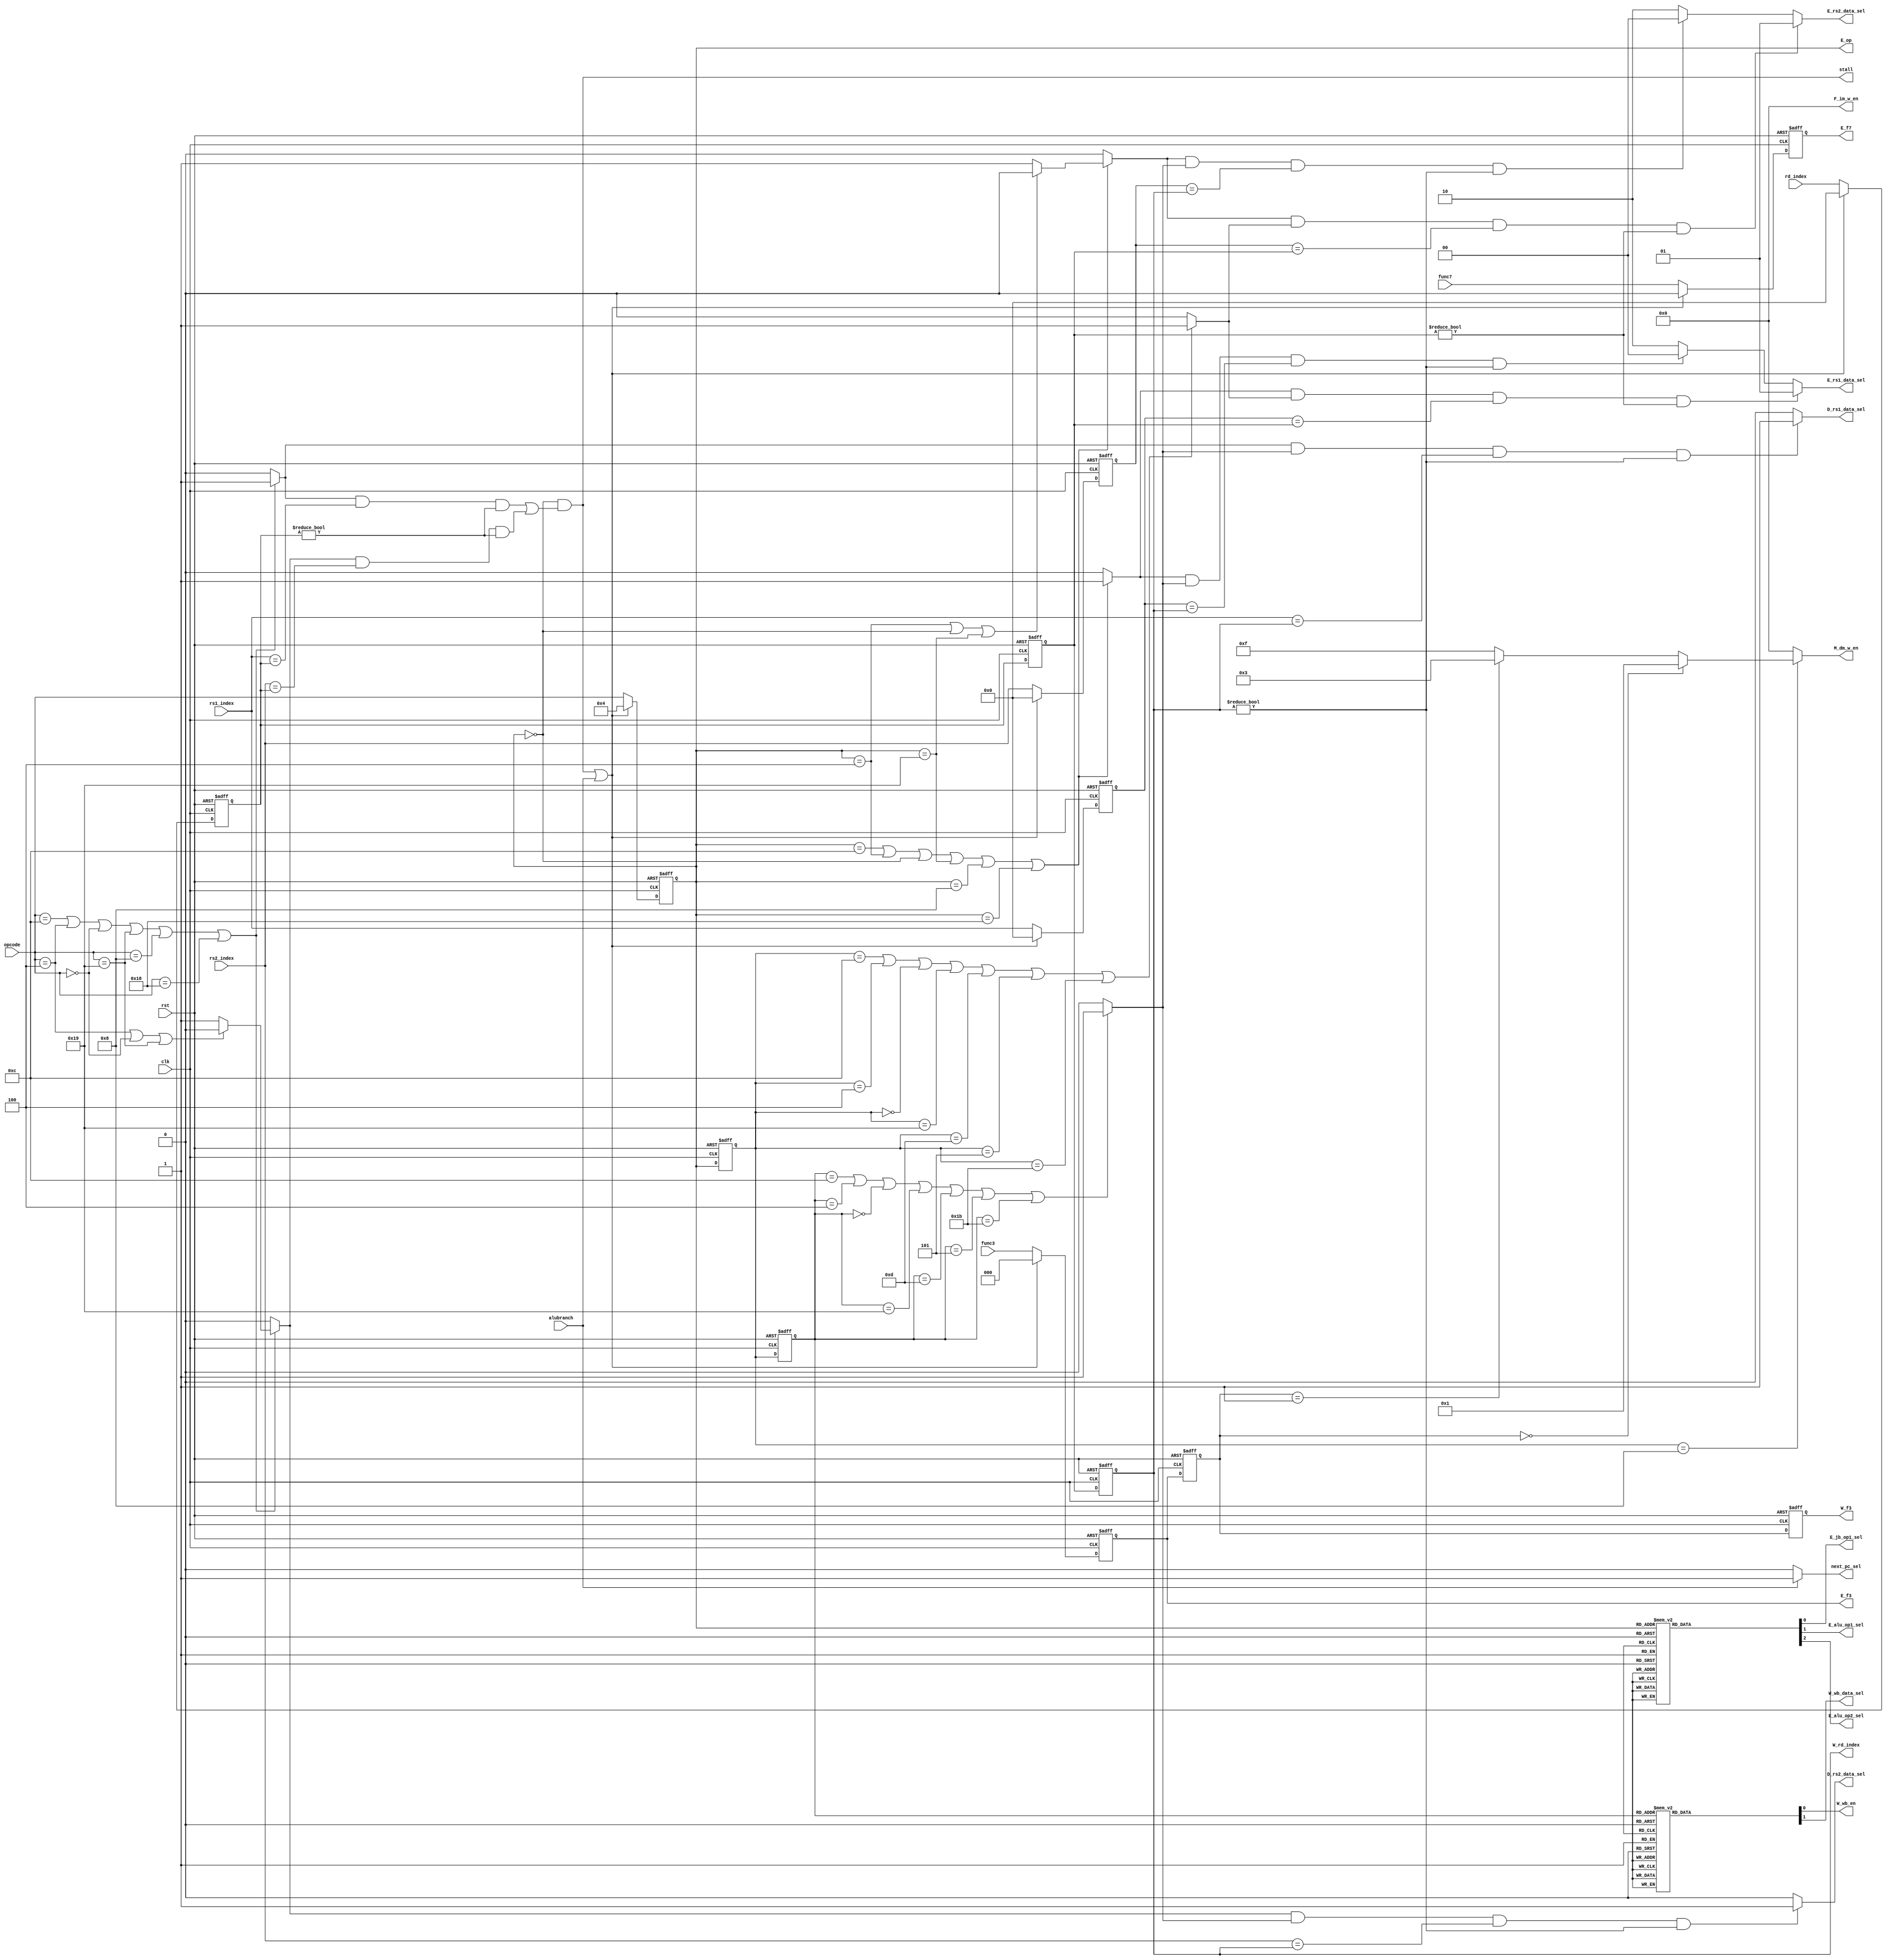
module Controller (
    input clk,
    input rst,
    input [4:0] opcode,
    input [2:0] func3,
    input func7,
    input [4:0]rs1_index,
    input [4:0]rs2_index,
    input [4:0]rd_index,
    input alubranch,

    output reg next_pc_sel,
    output reg stall,

    output reg [3:0] F_im_w_en,
    
    output reg D_rs1_data_sel,
    output reg D_rs2_data_sel,

    output reg [1:0] E_rs1_data_sel,
    output reg [1:0] E_rs2_data_sel,
    output reg E_jb_op1_sel,
    output reg E_alu_op1_sel,
    output reg E_alu_op2_sel,

    output reg [4:0] E_op,
    output reg [2:0] E_f3,
    output reg E_f7,
   
    
    output reg [3:0] M_dm_w_en,

    output reg W_wb_en,
    output reg [4:0] W_rd_index,
    output reg [2:0] W_f3,
    output reg W_wb_data_sel


);


reg [4:0] E_rd;
reg [4:0] E_rs1;
reg [4:0] E_rs2;


reg [4:0] M_op;
reg [2:0] M_f3;
reg [4:0] M_rd;

reg [4:0] W_op;
reg [4:0] W_rd;

reg is_D_rs1_E_rd_overlap;
reg is_D_rs2_E_rd_overlap;
reg is_D_use_rs1;
reg is_D_use_rs2;
reg is_DE_overlap;

reg is_W_use_rd;
reg is_D_rs1_W_rd_overlap;
reg is_D_rs2_W_rd_overlap;

reg is_E_use_rs1;
reg is_E_use_rs2;
reg is_M_use_rd;
reg is_E_rs1_W_rd_overlap;
reg is_E_rs1_M_rd_overlap;
reg is_E_rs2_W_rd_overlap;
reg is_E_rs2_M_rd_overlap;

//stall
always @(*) begin
    if(opcode == 5'b01100 || opcode == 5'b00100 || opcode == 5'b00000 || opcode == 5'b11001 || opcode == 5'b01000 || opcode == 5'b11000)begin
        if(opcode == 5'b00100 || opcode == 5'b00000 || opcode == 5'b11001)begin
            is_D_use_rs1 = 1'b1;
            is_D_use_rs2 = 1'b0;
        end
        else begin
            is_D_use_rs1 = 1'b1;
            is_D_use_rs2 = 1'b1;
        end
        
    end
    else begin
        is_D_use_rs1 = 1'b0;
        is_D_use_rs2 = 1'b0;
    end

    is_D_rs1_E_rd_overlap = is_D_use_rs1 & (rs1_index == E_rd) & (E_rd != 5'b0);
    is_D_rs2_E_rd_overlap = is_D_use_rs2 & (rs2_index == E_rd) & (E_rd != 5'b0);
    is_DE_overlap = (is_D_rs1_E_rd_overlap | is_D_rs2_E_rd_overlap);
    stall = (E_op == 5'b00000) & is_DE_overlap;
end

//D_rs1_data_sel & D_rs2_data_sel
always @(*) begin
    if(W_op == 5'b01100 || W_op == 5'b00100 || W_op == 5'b00000 || W_op == 5'b11001 || W_op == 5'b01101 || W_op == 5'b00101 || W_op == 5'b11011)begin
        is_W_use_rd = 1'b1;
    end
    else begin
        is_W_use_rd = 1'b0;
    end
    is_D_rs1_W_rd_overlap = is_D_use_rs1 & is_W_use_rd & (rs1_index == W_rd) & (W_rd != 5'b0);
    is_D_rs2_W_rd_overlap = is_D_use_rs2 & is_W_use_rd & (rs2_index == W_rd) & (W_rd != 5'b0);

    D_rs1_data_sel = is_D_rs1_W_rd_overlap ? 1'd1 : 1'd0;
    D_rs2_data_sel = is_D_rs2_W_rd_overlap ? 1'd1 : 1'd0;

end

//E_rs1_data_sel & E_rs2_data_sel
always @(*) begin
    if(E_op == 5'b01100 || E_op == 5'b00100 || E_op == 5'b00000 || E_op == 5'b11001 || E_op == 5'b01000 || E_op == 5'b11000)begin
        if(E_op == 5'b00100 || E_op == 5'b00000 || E_op == 5'b11001)begin
            is_E_use_rs1 = 1'b1;
            is_E_use_rs2 = 1'b0;
        end
        else begin
            is_E_use_rs1 = 1'b1;
            is_E_use_rs2 = 1'b1;
        end
        
    end
    else begin
        is_E_use_rs1 = 1'b0;
        is_E_use_rs2 = 1'b0;
    end

    if(M_op == 5'b01100 || M_op == 5'b00100 || M_op == 5'b00000 || M_op == 5'b11001 || M_op == 5'b01101 || M_op == 5'b00101 || M_op == 5'b11011)begin
        is_M_use_rd = 1'b1;
    end
    else begin
        is_M_use_rd = 1'b0;
    end
    is_E_rs1_W_rd_overlap = is_E_use_rs1 & is_W_use_rd & (E_rs1 == W_rd) & (W_rd != 5'b0);
    is_E_rs1_M_rd_overlap = is_E_use_rs1 & is_M_use_rd & (E_rs1 == M_rd) & (M_rd != 5'b0);
    is_E_rs2_W_rd_overlap = is_E_use_rs2 & is_W_use_rd & (E_rs2 == W_rd) & (W_rd != 5'b0);
    is_E_rs2_M_rd_overlap = is_E_use_rs2 & is_M_use_rd & (E_rs2 == M_rd) & (M_rd != 5'b0);
    E_rs1_data_sel = is_E_rs1_M_rd_overlap ? 2'b01 : is_E_rs1_W_rd_overlap ? 2'b00 : 2'b10;
    E_rs2_data_sel = is_E_rs2_M_rd_overlap ? 2'b01 : is_E_rs2_W_rd_overlap ? 2'b00 : 2'b10;
end


//next_pc_sel
always@(*)
 begin
 next_pc_sel <= (alubranch) ? 1:0;

 F_im_w_en <= 4'b0;

 W_rd_index <= W_rd;
 end

always @(posedge clk or posedge rst) begin
    if(rst)begin
        E_op <= 5'b0;
        E_f3 <= 3'b0;
        E_rd <= 5'b0;
        E_rs1 <= 5'b0;
        E_rs2 <= 5'b0;
        E_f7 <= 1'b0;
        M_op <= 5'b0;
        M_f3 <= 3'b0;
        M_rd <= 5'b0;
        W_op <= 5'b0;
        W_f3 <= 3'b0;
        W_rd <= 5'b0;
    end
    else begin
        if(((E_op == 5'b00000) & is_DE_overlap) || alubranch )begin
            E_op <= 5'b00100;
            E_f3 <= 3'b0;
            E_rd <= 5'b0;
            E_rs1 <= 5'b0;
            E_rs2 <= 5'b0;
            E_f7 <= 1'b0;
            M_op <= E_op;
            M_f3 <= E_f3;
            M_rd <= E_rd;
            W_op <= M_op;
            W_f3 <= M_f3;
            W_rd <= M_rd;
        end
        else begin
            E_op <= opcode;
            E_f3 <= func3;
            E_rd <= rd_index;
            E_rs1 <= rs1_index;
            E_rs2 <= rs2_index;
            E_f7 <= func7;
            M_op <= E_op;
            M_f3 <= E_f3;
            M_rd <= E_rd;
            W_op <= M_op;
            W_f3 <= M_f3;
            W_rd <= M_rd;
        end
        
    end
end


always @(*) begin
    case(E_op)
        //R type    
        5'b01100:begin
            E_jb_op1_sel = 1'b0;
            E_alu_op1_sel = 1'b1;
            E_alu_op2_sel = 1'b1;
        end

        //I type
        5'b00100:begin
            E_jb_op1_sel = 1'b0;
            E_alu_op1_sel = 1'b1;
            E_alu_op2_sel = 1'b0;
        end

        5'b00000:begin
            //load
            E_jb_op1_sel = 1'b0;
            E_alu_op1_sel = 1'b1;
            E_alu_op2_sel = 1'b0;
        end

        5'b11001:begin
            //jalr
            E_jb_op1_sel = 1'b1;
            E_alu_op1_sel = 1'b0;
            E_alu_op2_sel = 1'b0;
        end

        // S type
        5'b01000:begin
            //store
            E_jb_op1_sel = 1'b0;
            E_alu_op1_sel = 1'b1;
            E_alu_op2_sel = 1'b0;
        end

        // B type
        5'b11000:begin
            E_jb_op1_sel = 1'b0;
            E_alu_op1_sel = 1'b1;
            E_alu_op2_sel = 1'b1;
        end

        // U type
        5'b00101:begin
            //auipc
            E_jb_op1_sel = 1'b0;
            E_alu_op1_sel = 1'b0;
            E_alu_op2_sel = 1'b0;
        end
        5'b01101:begin
            //lui
            E_jb_op1_sel = 1'b0;
            E_alu_op1_sel = 1'b1;
            E_alu_op2_sel = 1'b0;
        end

        // J type
        5'b11011:begin
            //jal
            E_jb_op1_sel = 1'b0;
            E_alu_op1_sel = 1'b0;
            E_alu_op2_sel = 1'b0;
        end

        default: begin
            E_jb_op1_sel = 1'b0;
            E_alu_op1_sel = 1'b0;
            E_alu_op2_sel = 1'b0;
        end

    endcase
    
    
end

always @(*) begin
    case(M_op)
        //R type    
        5'b01100:begin
            M_dm_w_en = 4'b0000;
        end

        //I type
        5'b00100:begin
            M_dm_w_en = 4'b0000;
        end

        5'b00000:begin
            //load
            M_dm_w_en = 4'b0000;
        end

        5'b11001:begin
            //jalr
            M_dm_w_en = 4'b0000;
        end

        // S type
        5'b01000:begin
            //store
            //sb
            if(M_f3 == 3'b000)begin
                M_dm_w_en = 4'b0001;
            end
            //sh
            else if(M_f3 == 3'b001)begin
                M_dm_w_en = 4'b0011;
            end
            //sw
            else if(M_f3 == 3'b010)begin
                M_dm_w_en = 4'b1111;
            end
            else begin
                M_dm_w_en = 4'b1111;
            end
        end

        // B type
        5'b11000:begin
            M_dm_w_en = 4'b0000;
        end

        // U type
        5'b00101:begin
            //auipc
            M_dm_w_en = 4'b0000;
        end
        5'b01101:begin
            //lui
            M_dm_w_en = 4'b0000;
        end

        // J type
        5'b11011:begin
            //jal
            M_dm_w_en = 4'b0000;
        end

        default: begin
            M_dm_w_en = 4'b0000;
        end

    endcase
    
    
end

always @(*) begin
    case(W_op)
        //R type    
        5'b01100:begin
            W_wb_en = 1'b1;
            W_wb_data_sel = 1'b1;
        end

        //I type
        5'b00100:begin
            W_wb_en = 1'b1;
            W_wb_data_sel = 1'b1;
        end

        5'b00000:begin
            //load
            W_wb_en = 1'b1;
            W_wb_data_sel = 1'b0;
        end

        5'b11001:begin
            //jalr
            W_wb_en = 1'b1;
            W_wb_data_sel = 1'b1;
        end

        // S type
        5'b01000:begin
            //store
            W_wb_en = 1'b0;
            W_wb_data_sel = 1'b1;
        end

        // B type
        5'b11000:begin
            W_wb_en = 1'b0;
            W_wb_data_sel = 1'b1;
        end

        // U type
        5'b00101:begin
            //auipc
            W_wb_en = 1'b1;
            W_wb_data_sel = 1'b1;
        end
        5'b01101:begin
            //lui
            W_wb_en = 1'b1;
            W_wb_data_sel = 1'b1;
        end

        // J type
        5'b11011:begin
            //jal
            W_wb_en = 1'b1;
            W_wb_data_sel = 1'b1;
        end

        default: begin
            W_wb_en = 1'b0;
            W_wb_data_sel = 1'b1;
        end

    endcase
    
    
end


endmodule